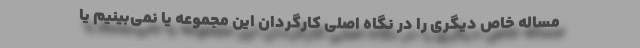
مساله خاص دیگری را در نگاه اصلی کارگردان این مجموعه یا نمی‌بینیم یا